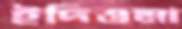
ইদিওমা